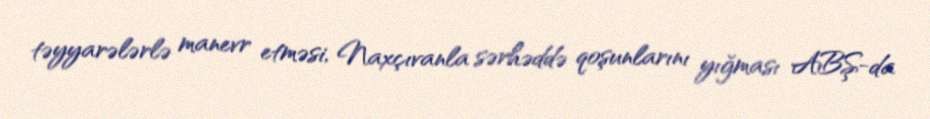
təyyarələrlə manevr etməsi, Naxçıvanla sərhəddə qoşunlarını yığması ABŞ-da